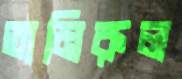
তামিরুল